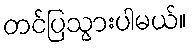
တင်ပြသွားပါမယ်။